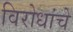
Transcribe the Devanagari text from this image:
विरोधांचे